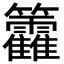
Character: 籱